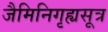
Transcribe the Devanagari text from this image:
जैमिनिगृह्यसूत्र